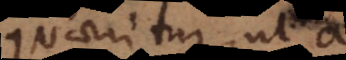
quaeritur, ut a